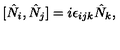
[ \hat { N } _ { i } , \hat { N } _ { j } ] = i \epsilon _ { i j k } \hat { N } _ { k } ,